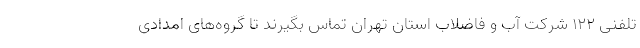
تلفنی 122 شرکت آب و فاضلاب استان تهران تماس بگیرند تا گروه‌های امدادی